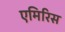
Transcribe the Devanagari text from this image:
एमिरिस